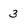
Character: 3